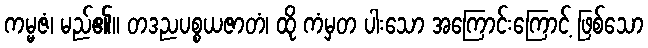
ကမ္မဇံ၊ မည်၏။ တဒညပစ္စယဇာတံ၊ ထို ကံမှတ ပါးသော အကြောင်းကြောင့် ဖြစ်သော